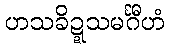
ဟသခိဍ္ဍသမင်္ဂီဟံ